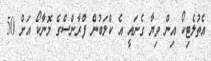
އެތުލެޓިކޯ އިން ވިޔާ ގެނައީ އެ ކްލަބުން ފްރާންސްގެ މޮނާކޯ އަށް 50